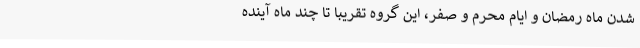
شدن ماه رمضان و ایام محرم و صفر، این گروه تقریبا تا چند ماه آینده